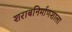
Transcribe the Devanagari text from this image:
शराबनिर्माणशाला